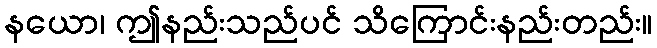
နယော၊ ဤနည်းသည်ပင် သိကြောင်းနည်းတည်း။